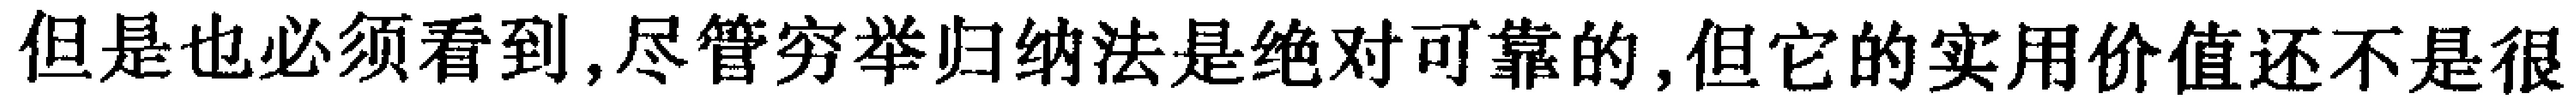
但是也必须看到,尽管穷举归纳法是绝对可靠的,但它的实用价值还不是很